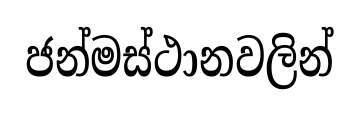
ජන්මස්ථානවලින්